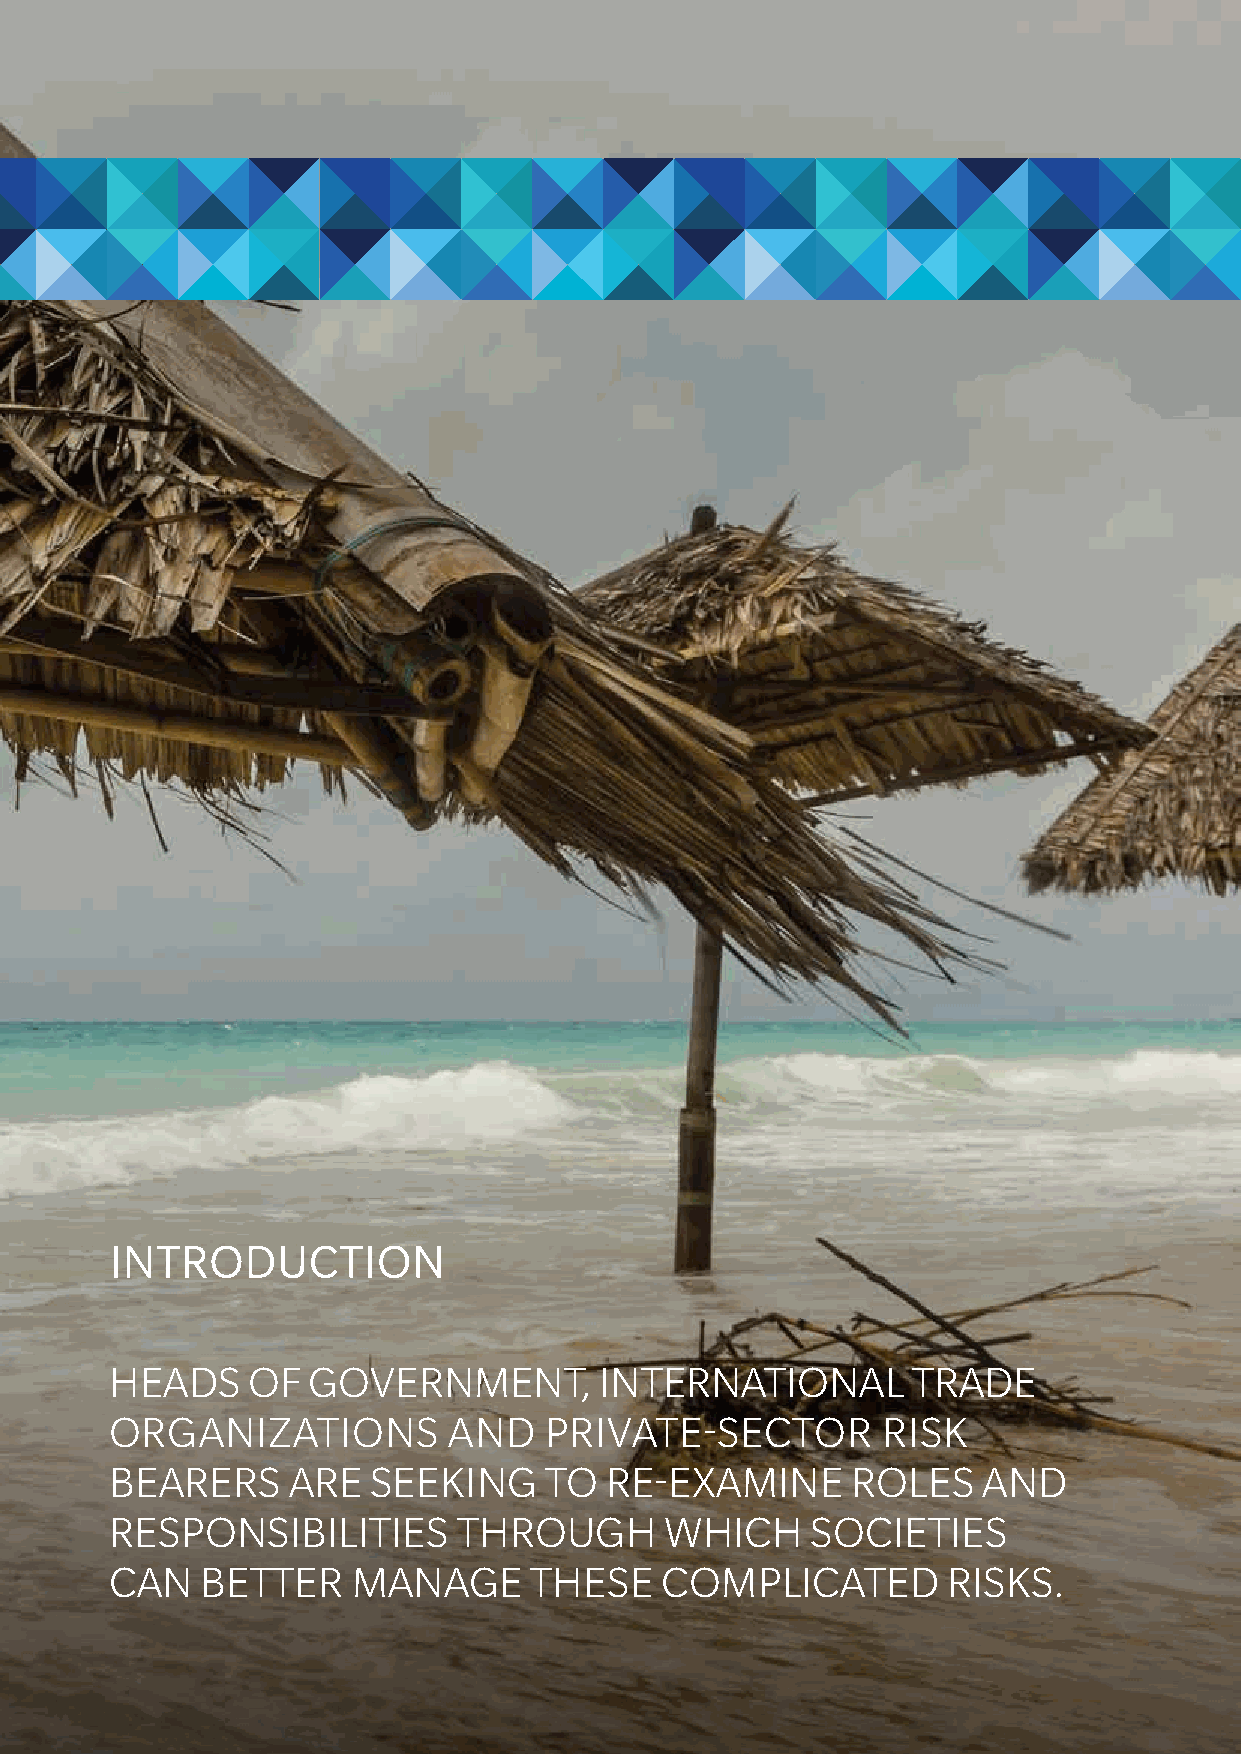
INTRODUCTION
 heads    oF  government,         international       trade
 organizations          and   Private-sector        risk
 bearers     are   seeking    to  re-examine      roles    and
 resPonsibilities       through       Which     societies
 can   better    manage      these    comPlicated        risks.
 2